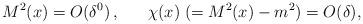
LaTeX: \begin{align*}M^2 (x) = O (\delta^0) \, , \;\;\;\;\;\; \chi (x) \; (= M^2 (x) - m^2) = O (\delta) , \end{align*}